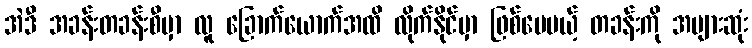
အဲဒီ အခန်းတခန်းစီမှာ လူ ခြောက်ယောက်အထိ လိုက်နိုင်မှာ ဖြစ်ပေမယ့် တခန်းကို အများဆုံး